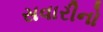
સવારીનો